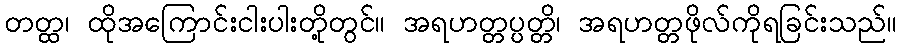
တတ္ထ၊ ထိုအကြောင်းငါးပါးတို့တွင်။ အရဟတ္တပ္ပတ္တိ၊ အရဟတ္တဖိုလ်ကိုရခြင်းသည်။